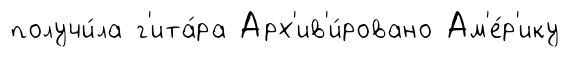
получи́ла г'ита́ра Арх'ив'и́ровано Ам'е́р'ику